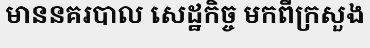
មាននគរបាល សេដ្ឋកិច្ច មកពីក្រសួង